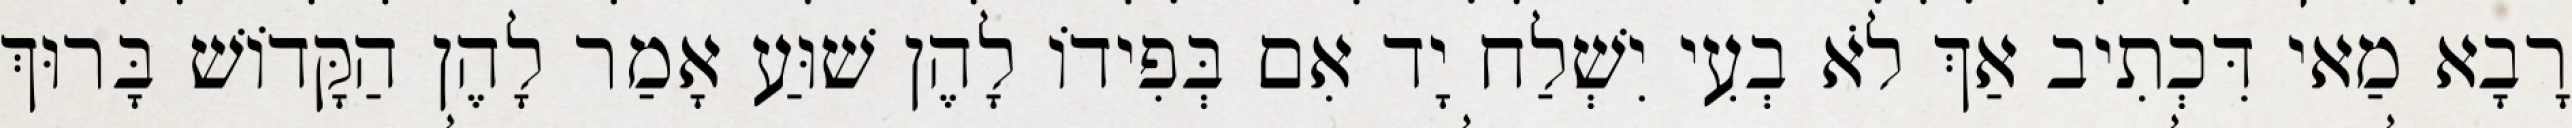
רָבָא מַאי דִּכְתִיב אַךְ לֹא בְעִי יִשְׁלַח יָד אִם בְּפִידוֹ לָהֶן שׁוּעַ אָמַר לָהֶן הַקָּדוֹשׁ בָּרוּךְ